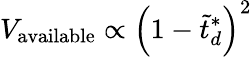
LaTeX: V_{\mathrm{{available}}}\propto\left(1-\tilde{{t}}_{d}^{*}\right)^{2}